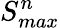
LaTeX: S_{max}^{n}